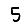
Digit: 5